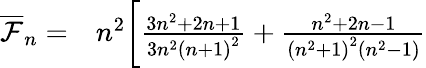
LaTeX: \begin{array}{rl}{\overline{{\mathcal{F}}}_{n}=}&{{}n^{2}\bigg[\frac{3n^{2}+2n+1}{3n^{2}\left(n+1\right)^{2}}+\frac{n^{2}+2n-1}{\left(n^{2}+1\right)^{2}\left(n^{2}-1\right)}}\end{array}